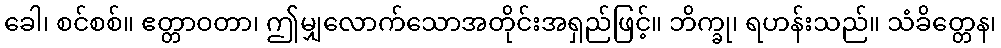
ခေါ၊ စင်စစ်။ ဧတ္တာဝတာ၊ ဤမျှလောက်သောအတိုင်းအရှည်ဖြင့်။ ဘိက္ခု၊ ရဟန်းသည်။ သံခိတ္တေန၊